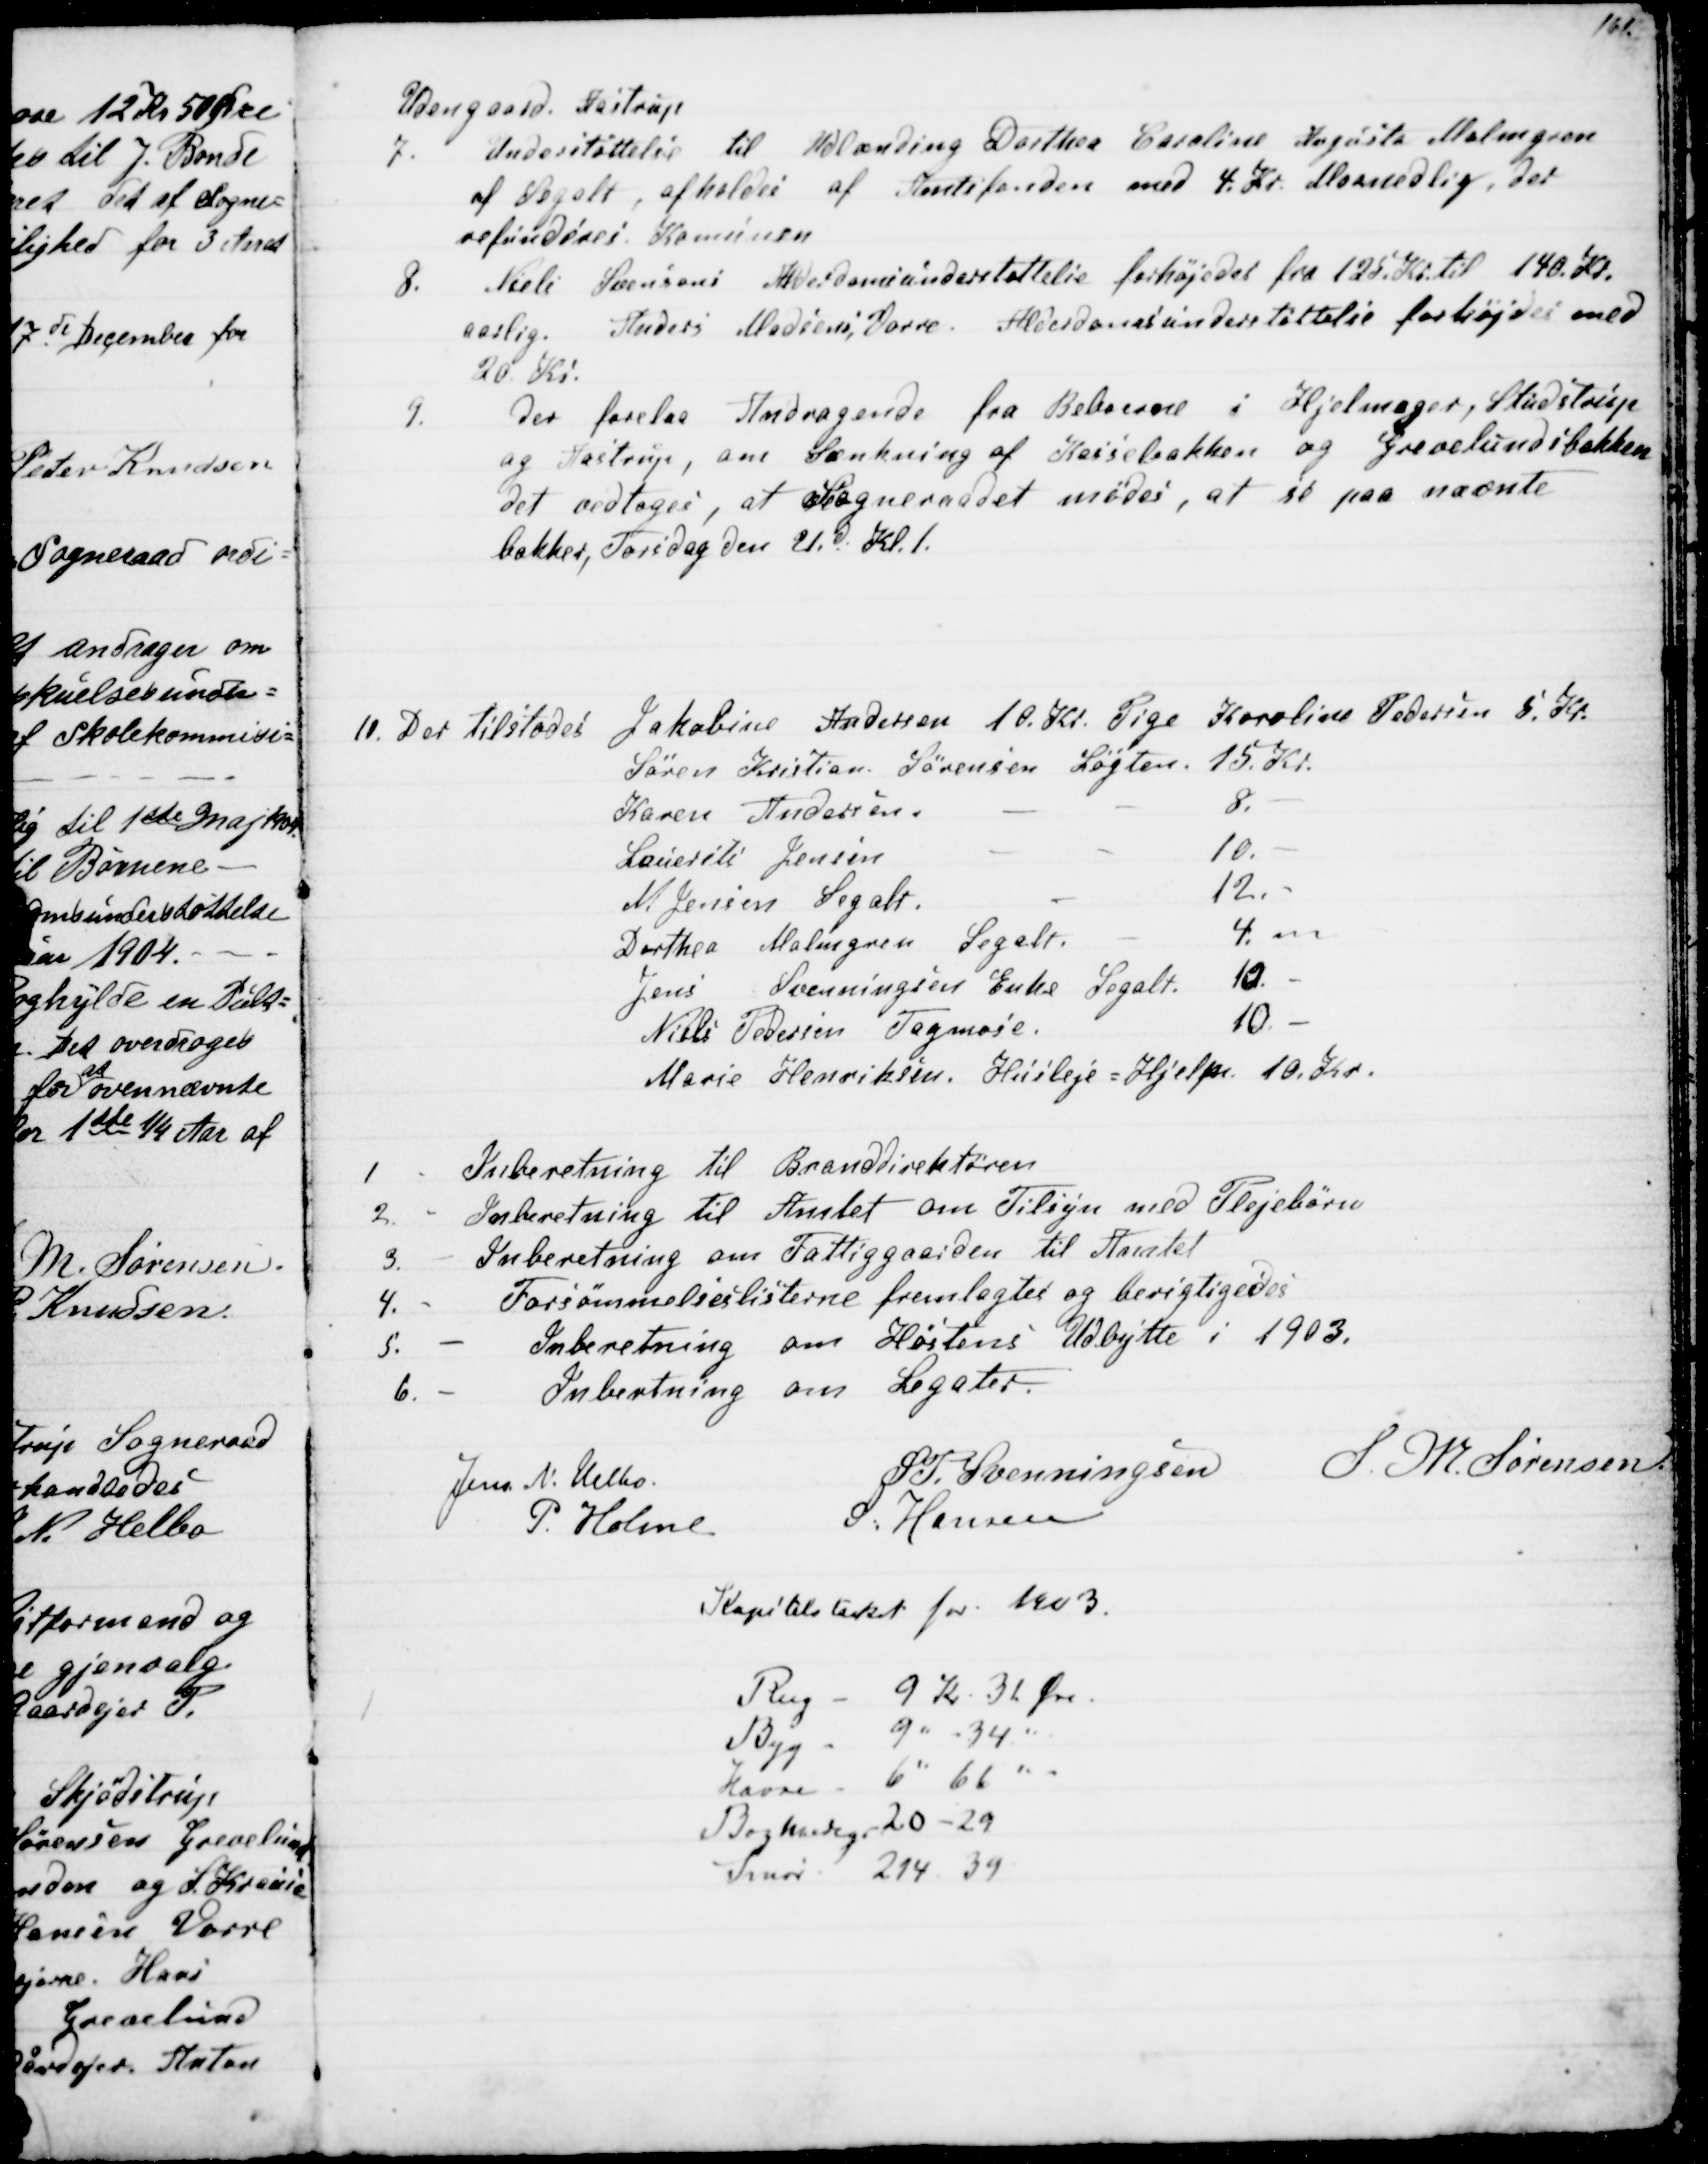
Transskription:
Udengaard, Aastrup
7.
Understøttelse til Udlænding Dorthea Caroline Augusta Malmgren
af Segalt, afholdes af Amtsfonden med 4 Kr. Maanedlig, der
refunderes Komunen
8. 
Niels Sørensens Alderdomsunderstøttelse forhøjedes fra 125 Kr. til 140 Kr.
aarlig. Anders Madsens, Vorre. Alderdomsunderstøttelse forhøjedes med
20 Kr.
9.
Der forelaa Andragende fra Beboerne i Hjelmager, Studstrup
og Aastrup, om Sænkning af Keisebakken og Grevelundsbakken
Det vedtoges, at Sogneraadet mødes, at se paa nævnte
bakker, Torsdag den 21. d. Kl. 1.
10. Der tilstodes Jakobine Andersen 10 Kr. Pige Karoline Pedersen 5 Kr.
Søren Kristian Sørensen Løgten. 15 Kr.
Karen Andersen
8.
Laurits Jensen
10.
N. Jensen Segalt.
12.
Dorthea Malmgren Segalt.
4. 
Jens Svenningsens Enke Segalt. 10.
Niels Pedersen Tagmose.
10
Marie Henriksen. Husleje - Hjelp 10 Kr.
1
Inberetning til Branddirektøren
2. - Inberetning til Amtet om Tilsyn med Plejebørn
3.
Inberetning om Fattiggaarden til Amtet
4.
Forsømmelseslisterne fremlagtes og berigtigedes
5.
Inberetning om Høstens Udbytte i 1903.
6.
Inbertning om Legater.
Jens N. Helbo.
S. P. Svenningsen S. M. Sørensen
P. Holme
S. Hansen
Kapitelstakst for 1903.
Rug - 9 Kr 31. Øre.
Byg- 9 " 34 
Havre - 6 " 66
Boghvedegr 20 - 29
Smør 214 - 39